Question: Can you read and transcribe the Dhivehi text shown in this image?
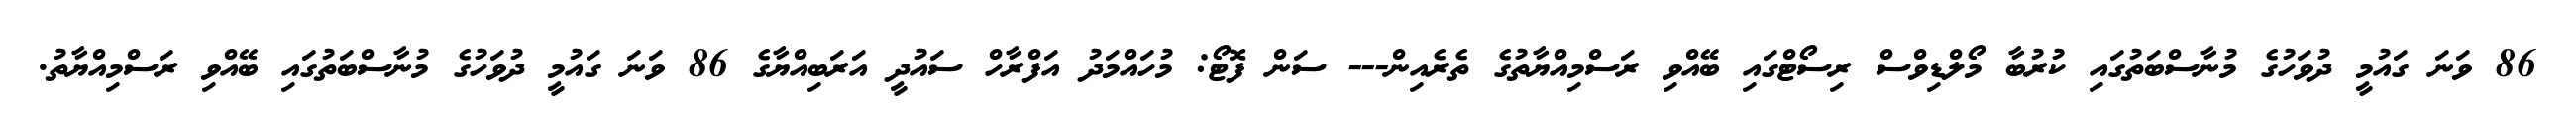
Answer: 86 ވަނަ ގައުމީ ދުވަހުގެ މުނާސްބަތުގައި ކުރުބާ މޯލްޑިވްސް ރިސޯޓްގައި ބޭއްވި ރަސްމިއްޔާތުގެ ތެރެއިން--- ސަން ފޮޓޯ: މުހައްމަދު އަފްރާހް ސައުދީ އަރަބިއްޔާގެ 86 ވަނަ ގައުމީ ދުވަހުގެ މުނާސްބަތުގައި ބޭއްވި ރަސްމިއްޔާތު.